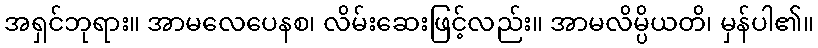
အရှင်ဘုရား။ အာမလေပေနစ၊ လိမ်းဆေးဖြင့်လည်း။ အာမလိမ္ပိယတိ၊ မှန်ပါ၏။